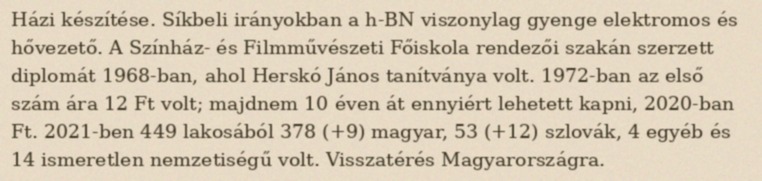
Házi készítése. Síkbeli irányokban a h-BN viszonylag gyenge elektromos és hővezető. A Színház- és Filmművészeti Főiskola rendezői szakán szerzett diplomát 1968-ban, ahol Herskó János tanítványa volt. 1972-ban az első szám ára 12 Ft volt; majdnem 10 éven át ennyiért lehetett kapni, 2020-ban Ft. 2021-ben 449 lakosából 378 (+9) magyar, 53 (+12) szlovák, 4 egyéb és 14 ismeretlen nemzetiségű volt. Visszatérés Magyarországra.